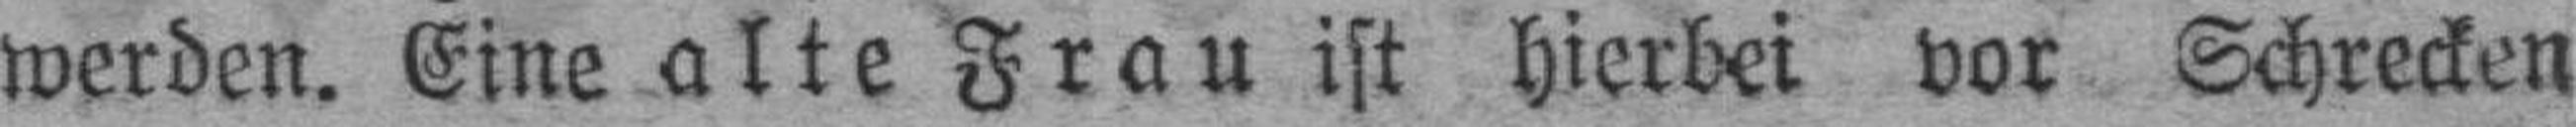
werden. Eine alte Frau ist hierbei vor Schrecken